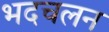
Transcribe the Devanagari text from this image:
भदचलन